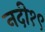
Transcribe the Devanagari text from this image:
नदी१९